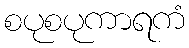
စပုစပုကာရကံ